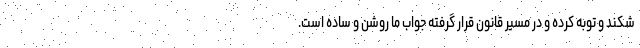
شکند و توبه کرده و در مسیر قانون قرار گرفته جواب ما روشن و ساده است.